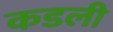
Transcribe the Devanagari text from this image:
कडली